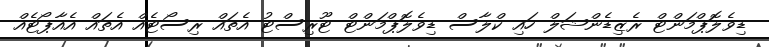
ޑިވެލޮޕްމަންޓް ރެޒިޑެންޝަލް ހައި ކްލާސް ޑިވެލޮޕްމަންޓް ޓޫރިސްޓު އެތައް ރިސޯޓެއް އެތައް އެއާޕޯޓެއް